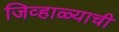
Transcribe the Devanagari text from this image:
जिव्हाळ्याची